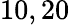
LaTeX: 10,20